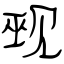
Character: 觋